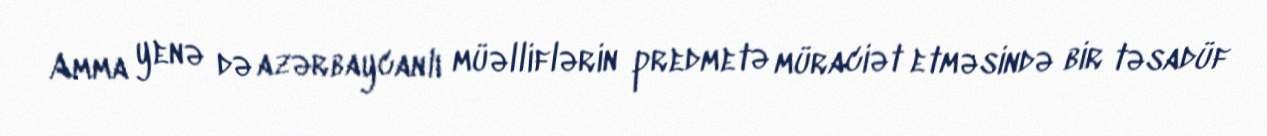
Amma yenə də azərbaycanlı müəlliflərin predmetə müraciət etməsində bir təsadüf